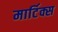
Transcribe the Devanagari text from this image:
मार्टिक्स